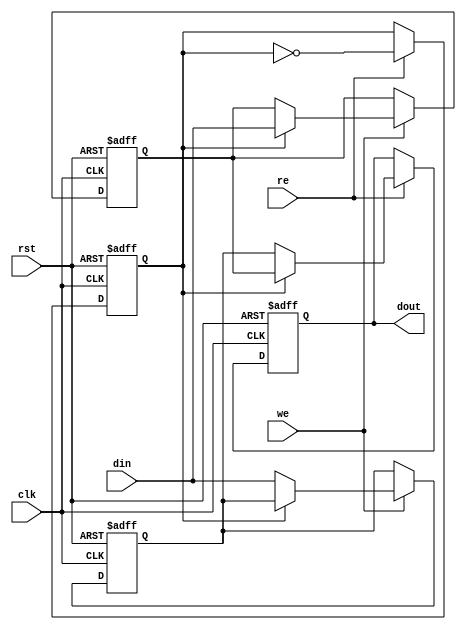
module double_buffer_register (
    input wire clk,          // Clock Signal
    input wire rst,          // Reset Signal
    input wire we,           // Write Enable
    input wire re,           // Read Enable
    input wire [N-1:0] din,  // Data Input
    output reg [N-1:0] dout  // Data Output
);
    parameter N = 8; // Width of the data bus, can be modified as needed

    reg [N-1:0] buffer_a; // Buffer A
    reg [N-1:0] buffer_b; // Buffer B
    reg active_buffer;     // 0: Buffer A is active, 1: Buffer B is active

    always @(posedge clk or posedge rst) begin
        if (rst) begin
            // Initialize buffers to zero on reset
            buffer_a <= 0;
            buffer_b <= 0;
            dout <= 0;
            active_buffer <= 0; // Initialize to Buffer A
        end
        else begin
            if (we) begin
                // Write to the inactive buffer
                if (active_buffer == 0) begin
                    buffer_a <= din; // Capture input in Buffer A
                end else begin
                    buffer_b <= din; // Capture input in Buffer B
                end
            end
            
            // Switch the active buffer when read enable (RE) is high
            if (re) begin
                dout <= (active_buffer == 0) ? buffer_a : buffer_b; // Set DOUT from the active buffer
                active_buffer <= ~active_buffer; // Toggle active buffer for next read
            end
        end
    end
endmodule